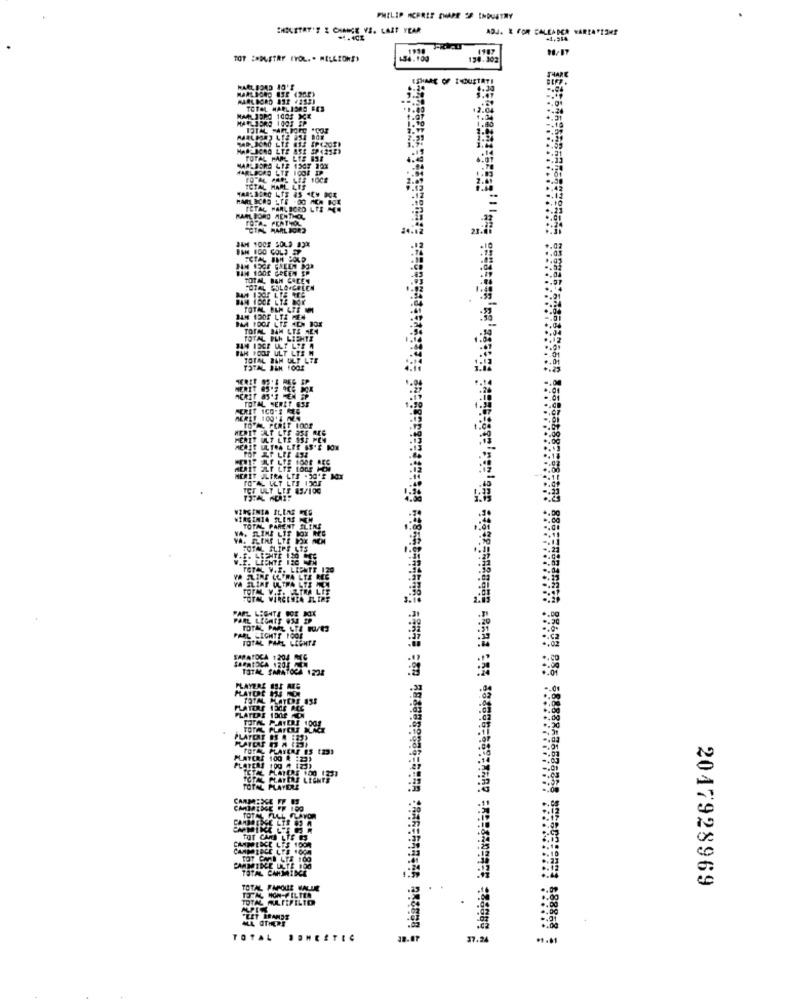
PHILIP MORRIS SHAPE OF INDUSTRY
ENELSTAT'S & CHANCE VS. LAST YEAR
ADJ. R FOR CALEADER VARIATIONS
-4.40%
-1,584
TOT :* DLETRY IYOL .. MILLIONS)
154.100
134.302
SHARE
SHARE OF IOUSTRTI
MARLBORO
TOTAL HA
12.04
1.10
1.80
IRGINIA
TOTAL
VA ELINE LLFRA LTE ME
TOTAL WIRGINIA FLIRT
PARL LEGATE BOR BOX
TOTAL PARL LTE PO/ES
PARL LIGHTT FOOT
TOTAL PAAL LIGHTS
SARATOCA 1204 MG
SAPATOCA 120!
TOTAL SAMATOCA 1225
PLAYERE BST MEG
TOTAL MLATERE 858
PLATORE 1303 ACC
FLATERE 1002 MON
38893 955 58888
PLATDE HA :25)
TOTAL PLANEAR ES [23]
PLAYERE 100 R :23)
TCTA PLAYERS LIGHTS
TOTAL PLAYERE
CAMMIDGE ULTE 100
TOTAL CARMINCE
2017928969
TTA, HOW-FILITA
TOTAL PAPOUE WALUIE
TOTAL ALTIFILIO
ALL OTHERS
"LET BRAMDE
88868
TOTAL
37.24